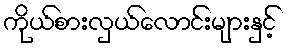
ကိုယ်စားလှယ်လောင်းများနှင့်